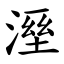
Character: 溼